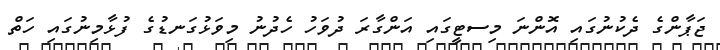
ޖަޕާންގެ ދެކުނުގައި އޮންނަ މިސޓީގައި އަންގާރަ ދުވަހު ހެދުނު މިވަޅުގަނޑުގެ ފުޅާމިނުގައި ހަތް